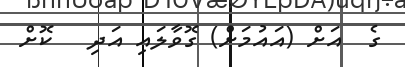
ގެ  އަށް (އައުމަށް) ގޮވާލައި އަދި   ކޮށް